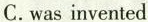
C.was invented